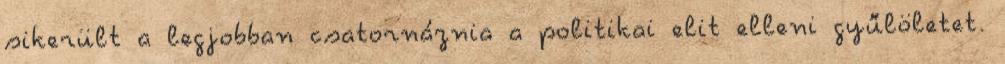
sikerült a legjobban csatornáznia a politikai elit elleni gyűlöletet.